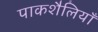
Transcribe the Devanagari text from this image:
पाकशैलियाँ